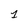
Character: 1